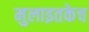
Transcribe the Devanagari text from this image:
मुलाइतकेच